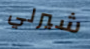
شيرلي